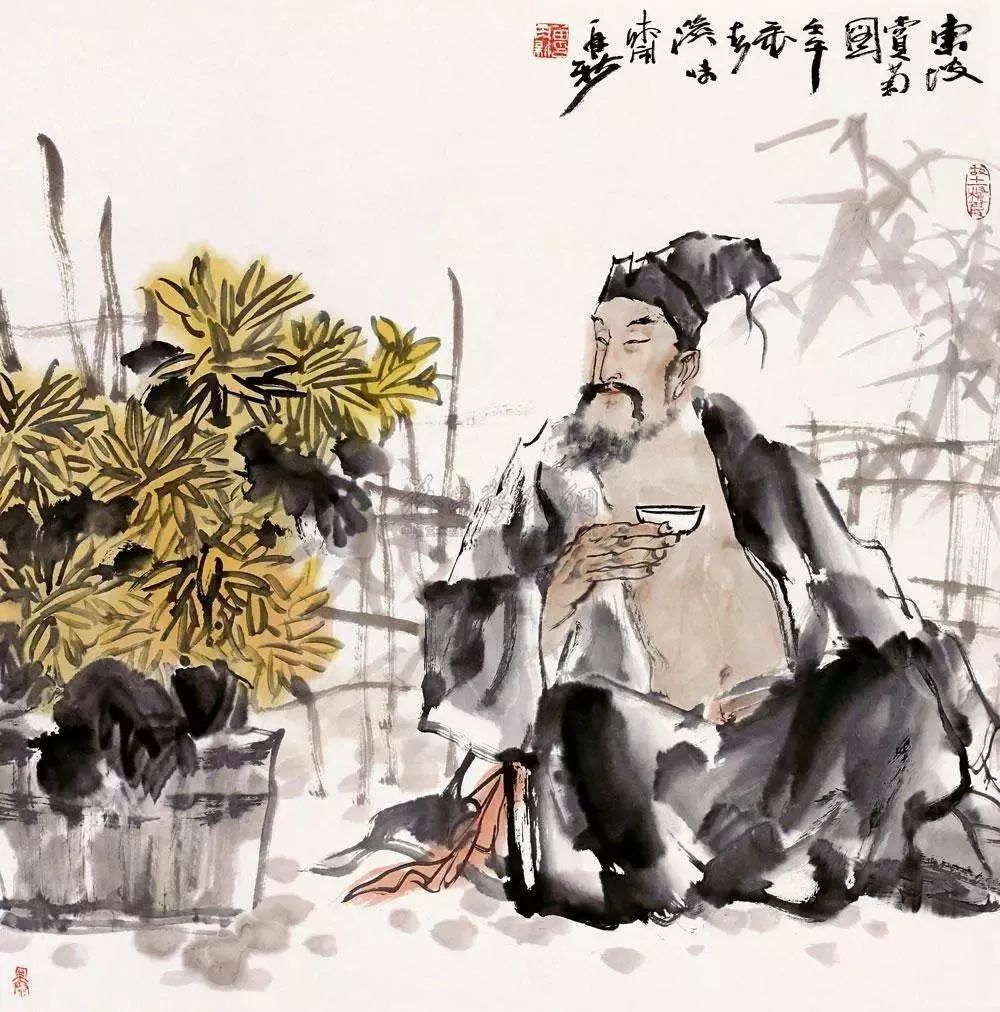
西风泼眼山如画，有黄花休恨无钱。